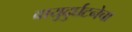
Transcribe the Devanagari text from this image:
वायुदुर्घटनेचा